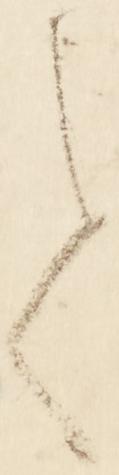
て